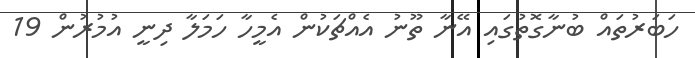
ހަބަރުތައް ބުނާގޮތުގައި އޭނާ ތޫނު އެއްޗަކުން އެމީހާ ހަމަލާ ދިނީ އުމުރުން 19